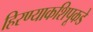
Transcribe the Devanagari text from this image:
हिरण्याकशिपूकडे